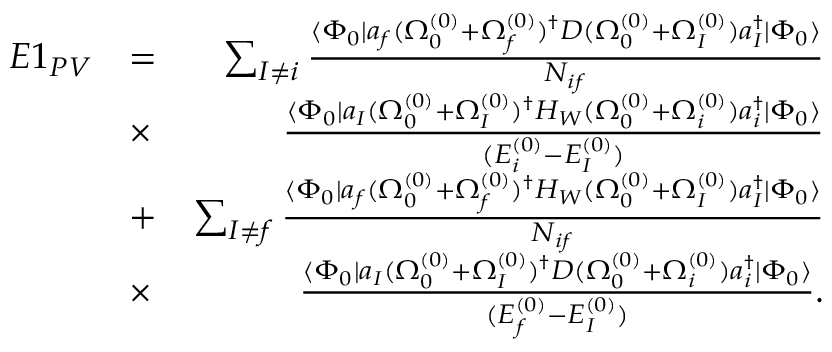
\begin{array} { r l r } { E 1 _ { P V } } & { = } & { \sum _ { I \ne i } \frac { \langle \Phi _ { 0 } | a _ { f } ( \Omega _ { 0 } ^ { ( 0 ) } + \Omega _ { f } ^ { ( 0 ) } ) ^ { \dagger } D ( \Omega _ { 0 } ^ { ( 0 ) } + \Omega _ { I } ^ { ( 0 ) } ) a _ { I } ^ { \dagger } | \Phi _ { 0 } \rangle } { { \cal N } _ { i f } } } \\ & { \times } & { \frac { \langle \Phi _ { 0 } | a _ { I } ( \Omega _ { 0 } ^ { ( 0 ) } + \Omega _ { I } ^ { ( 0 ) } ) ^ { \dagger } H _ { W } ( \Omega _ { 0 } ^ { ( 0 ) } + \Omega _ { i } ^ { ( 0 ) } ) a _ { i } ^ { \dagger } | \Phi _ { 0 } \rangle } { ( E _ { i } ^ { ( 0 ) } - E _ { I } ^ { ( 0 ) } ) } } \\ & { + } & { \sum _ { I \ne f } \frac { \langle \Phi _ { 0 } | a _ { f } ( \Omega _ { 0 } ^ { ( 0 ) } + \Omega _ { f } ^ { ( 0 ) } ) ^ { \dagger } H _ { W } ( \Omega _ { 0 } ^ { ( 0 ) } + \Omega _ { I } ^ { ( 0 ) } ) a _ { I } ^ { \dagger } | \Phi _ { 0 } \rangle } { { \cal N } _ { i f } } } \\ & { \times } & { \frac { \langle \Phi _ { 0 } | a _ { I } ( \Omega _ { 0 } ^ { ( 0 ) } + \Omega _ { I } ^ { ( 0 ) } ) ^ { \dagger } D ( \Omega _ { 0 } ^ { ( 0 ) } + \Omega _ { i } ^ { ( 0 ) } ) a _ { i } ^ { \dagger } | \Phi _ { 0 } \rangle } { ( E _ { f } ^ { ( 0 ) } - E _ { I } ^ { ( 0 ) } ) } . } \end{array}